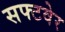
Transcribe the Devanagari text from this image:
सफ्टवेर